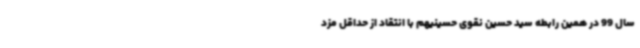
سال 99 در همین رابطه سید حسین نقوی حسینیهم با انتقاد از حداقل مزد